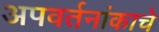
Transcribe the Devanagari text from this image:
अपवर्तनांकाचे